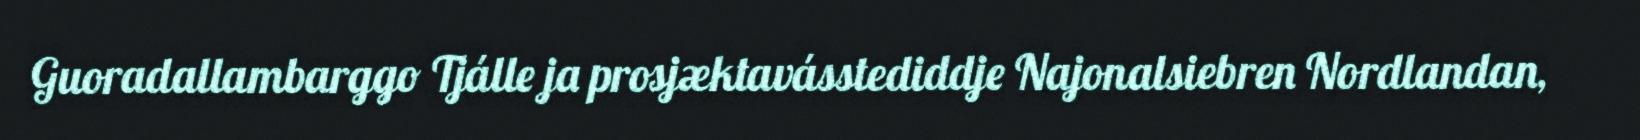
Guoradallambarggo Tjálle ja prosjæktavásstediddje Najonalsiebren Nordlandan,